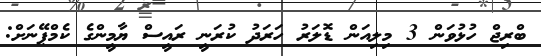
ބްރިޖް ހުޅުވަން 3 މިލިއަން ޑޮލަރު ހަރަދު ކުރަނީ ރައީސް ޔާމީންގެ ކެމްޕޭނަށް: